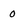
Character: 0